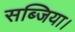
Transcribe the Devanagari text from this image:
सब्जिया।